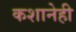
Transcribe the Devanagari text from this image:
कशानेही